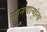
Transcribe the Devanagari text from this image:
मानणाऱ्यांना